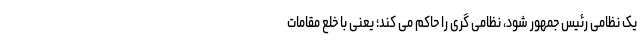
یک نظامی رئیس جمهور شود، نظامی گری را حاکم می کند؛ یعنی با خلع مقامات